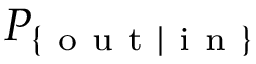
P _ { \{ \mathrm { ~ o ~ u ~ t ~ } | \mathrm { ~ i ~ n ~ } \} }